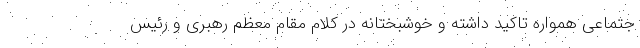
جتماعی همواره تاکید داشته و خوشبختانه در کلام مقام معظم رهبری و رئیس